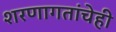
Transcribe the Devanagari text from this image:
शरणागतांचेही